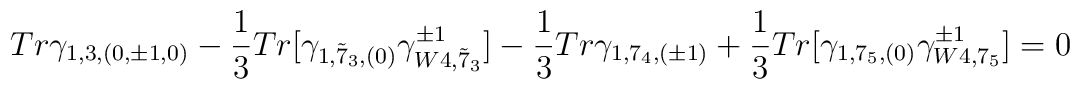
Tr\gamma_{1, 3, (0, \pm1, 0)}-  \frac{1}{3} Tr[\gamma_{1, {\tilde 7}_3, (0)}\gamma^{\pm 1}_{W4,{\tilde 7}_3}]-  \frac{1}{3} Tr\gamma_{1, 7_4, (\pm 1)}+ \frac{1}{3} Tr[\gamma_{1, 7_5, (0)}\gamma^{\pm 1}_{W4, 7_5}]   =  0